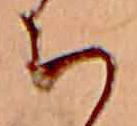
ち